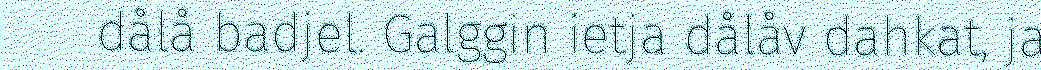
dålå badjel. Galggin ietja dålåv dahkat, ja